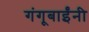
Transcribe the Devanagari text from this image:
गंगूबाईंनी